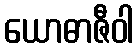
ယောဓာဇီဝါ